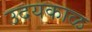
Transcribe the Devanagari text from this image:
उदयकाळ